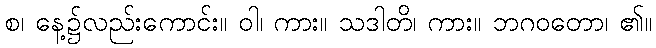
စ၊ နေ့၌လည်းကောင်း။ ဝါ၊ ကား။ သဒါတိ၊ ကား။ ဘဂဝတော၊ ၏။